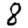
Digit: 8